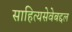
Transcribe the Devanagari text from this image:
साहित्यसेवेबद्दल